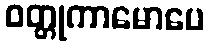
ဝတ္တုကာမောပေ